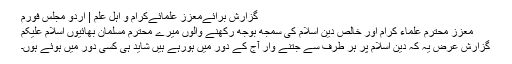
گزارش برائےمعزز علمائےکرام و اہل علم | اردو مجلس فورم
معزز محترم علماء کرام اور خالص دین اسلام کی سمجھ بوجھ رکھنے والوں میرے محترم مسلمان بھائیوں اسلام علیکم
گزارش عرض یہ کہ دین اسلام پر ہر طرف سے جتنے وار آج کے دور میں ہورہے ہیں شاید ہی کسی دور میں ہوئے ہوں۔